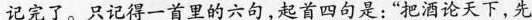
记完了。只记得一首里的六句，起首四句是：“把酒论天下，先